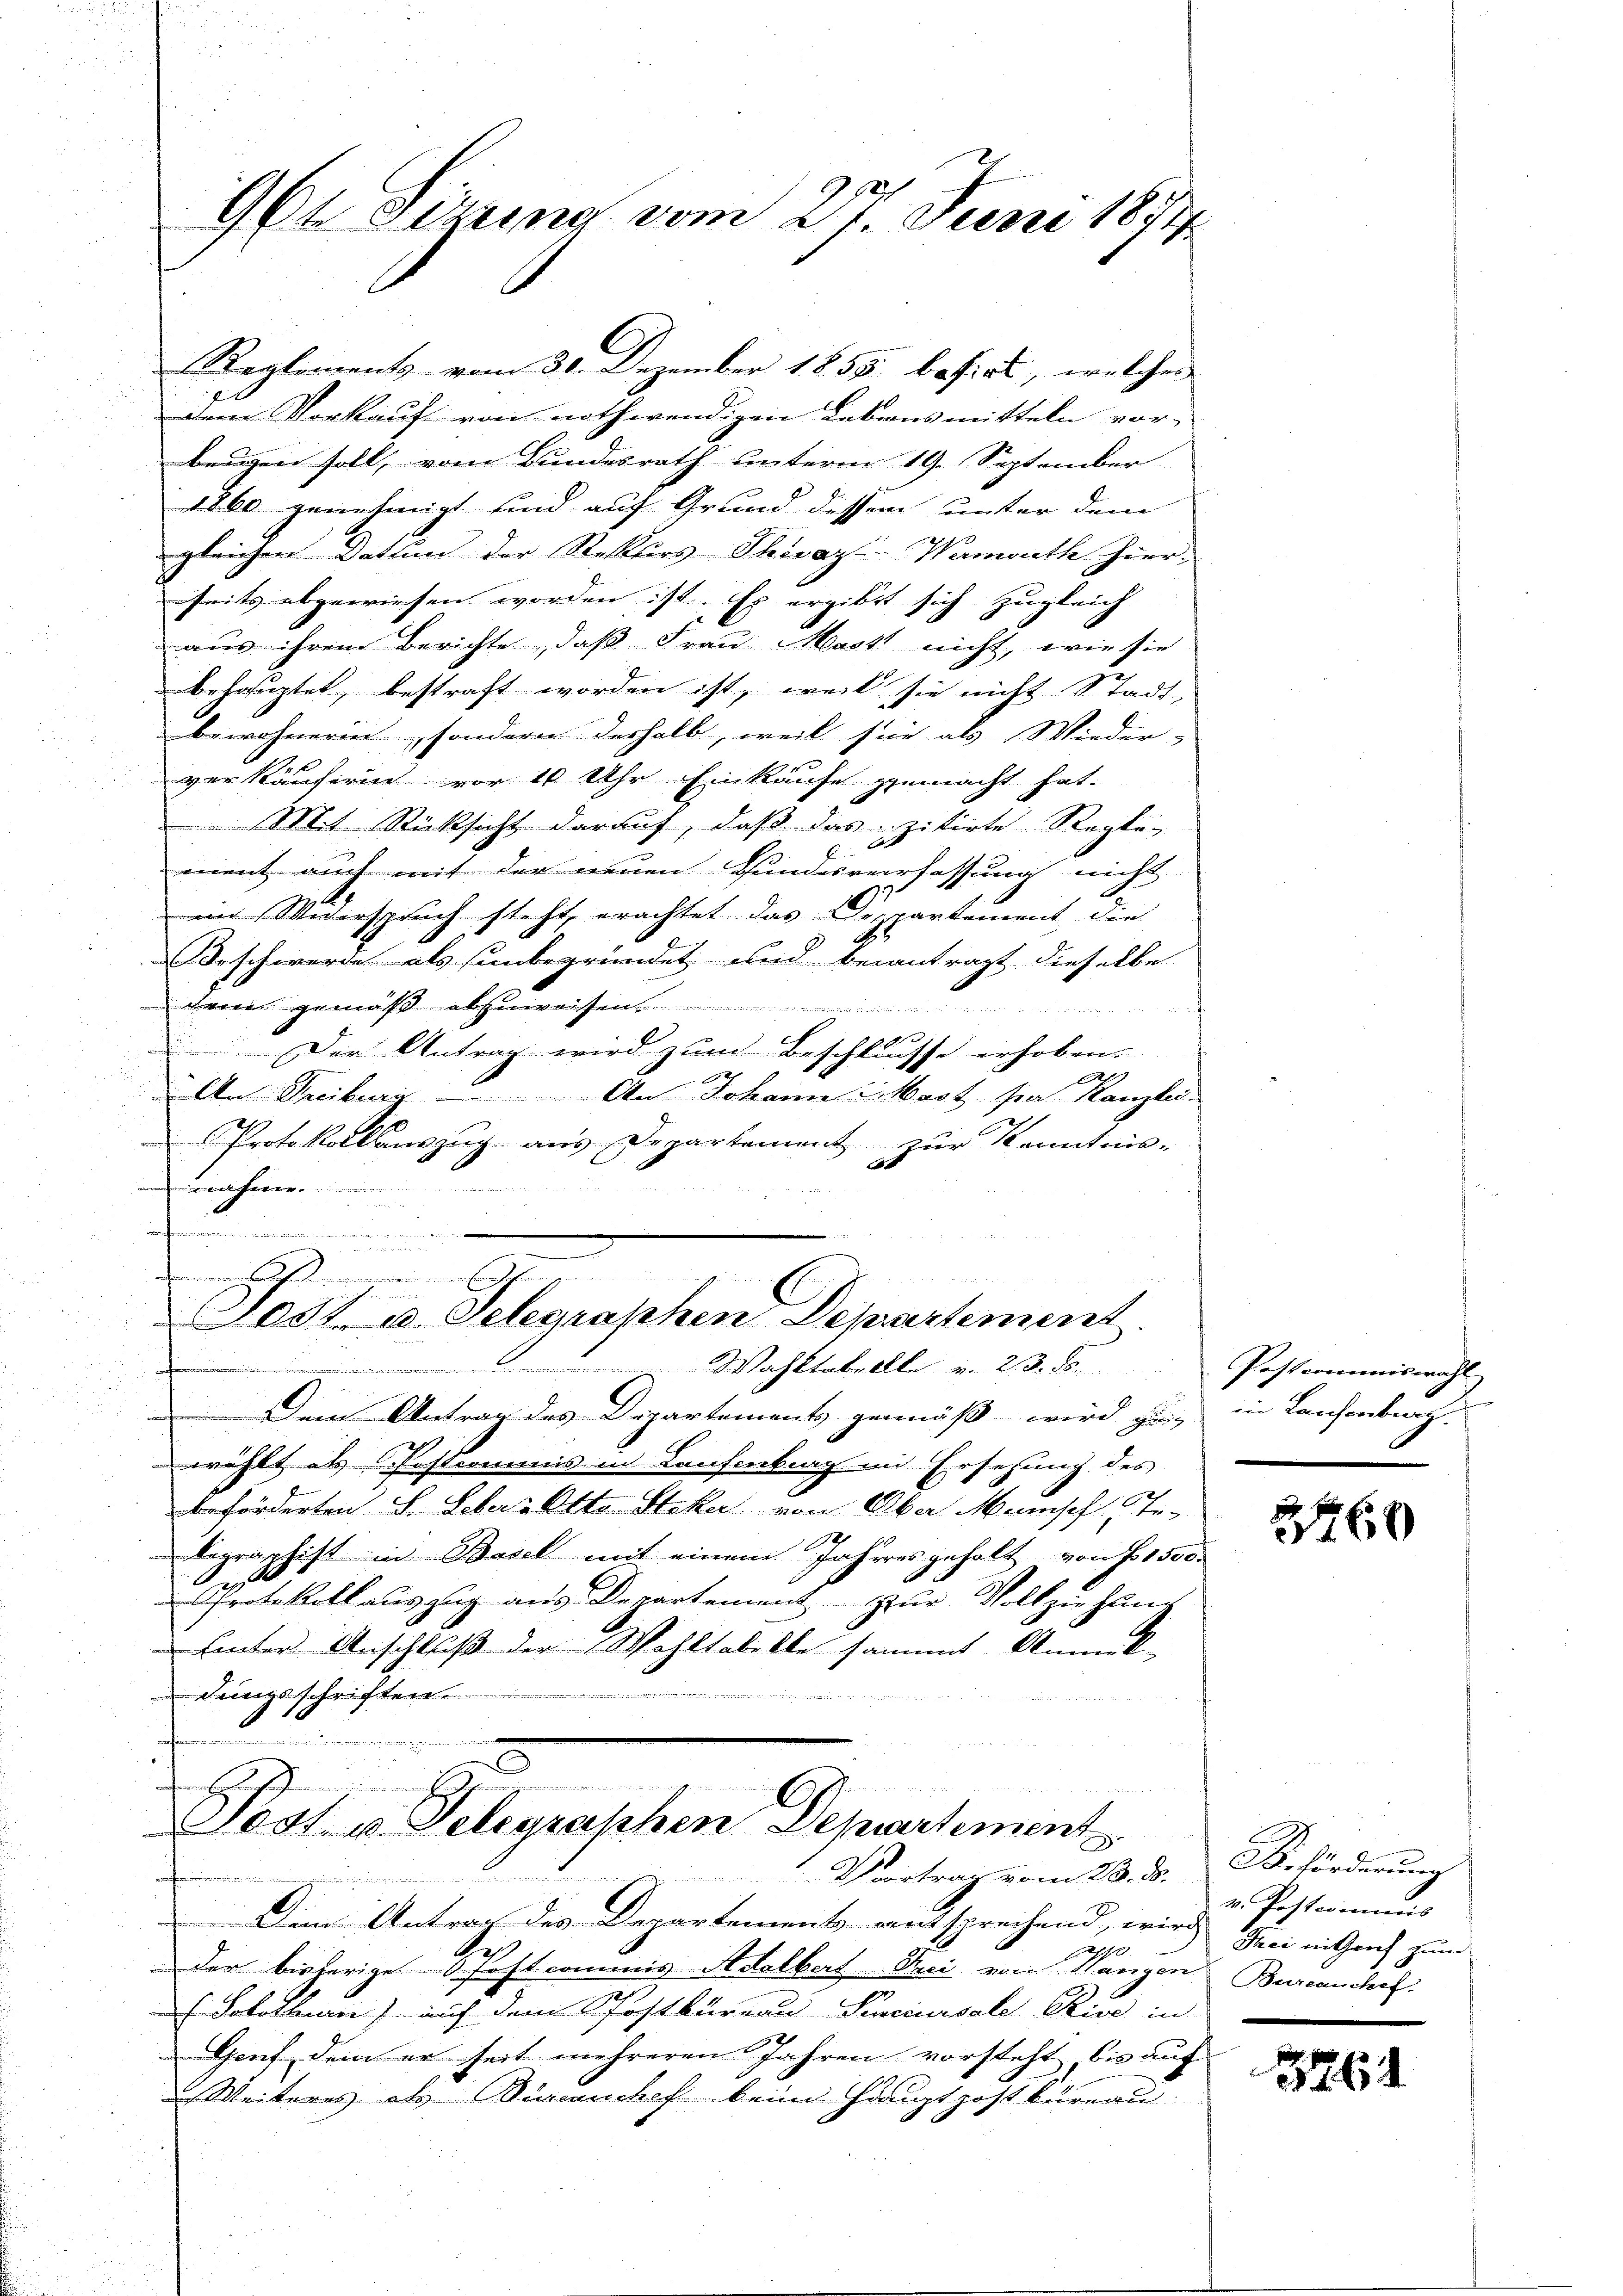
964 Sitzung vom 27. Juni 1874.

Reglements vom 30. Dezember 1855 basirt, welches
dem Vorkauf von nothwendigen Lebensmitteln vor-
beugen soll, vom Bundesrath unterm 19. September
1860 genehmigt und auf Grund dessen unter dem
gleichen Datum der Rektors Thivaz-Wamouth hier-
seits abgewiesen worden ist. Es ergibt sich zugleich
aus ihrem Berichte, daß Frau Mart nicht, wie sie
behauptet, bestraft worden ist, weil sie nicht Stadt-
bewohnerin, sondern deshalb, weil sie als Wieder- |
verkäuferin vor 10 Uhr Einkaufe gemacht hat.
Mit Rücksicht darauf, daß das zitirte Regle-
E
ment auch mit der neuen Bundesverfassung nicht |
ein Widerspruch steht, erachtet das Departement die
Beschwerde als unbegründet und beantragt dieselbe
denen gemäß abzuweisen.
e
Der Antrag wird zum Beschlusse erhoben.
A
An Treiburg An Johann Mast par Kanzlei-
Protokollsauszug aus Departement zur Kenntnis-
he
u
e assermei

08t. u. Telegraphen Departement
Wahltabellle v. 23. ds.

Dem Antrag des Departements gemäß wird zu-
wählt als Postcommis in Laufenburg in Ersezung des
beförderten S. Lebers Otto Steker von Aber Mensch Ste-
legraphist in Basel mit einem Jahresgeholt von § 1500
e
Protokollauszug aus Departement zur Vollziehung
 hinter Anschluß der Wohltabelle sammt Anmerk-
 dingsschriften

n
r
Todt u. Gelegraphen Departement
 Vortrag vom 28. d.
erfreier immer di
Dem Antrag des Departement entsprechend, wird Frei mither zum
Ge
s
der bisherige Postcommis Adalbert Frei von Wangen Burcanchef
Sokollarii) auf dem Postbureau-Senciursale Rive in
Genf dem er seit mehreren Jahren vorsteht, bis auf
Weiteres als incenchef beim Hauptpostbüreau

Postcommiswahl
h
in Laufenburg.

2760

Dr. Förderung
v. Posterminis

3261